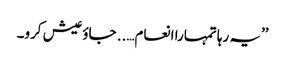
’’یہ رہا تمہارا انعام….. جاؤ عیش کرو۔